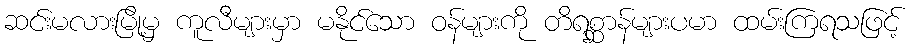
ဆင်းမလားမြို့မှ ကူလီများမှာ မနိုင်သော ဝန်များကို တိရစ္ဆာန်များပမာ ထမ်းကြရသဖြင့်